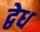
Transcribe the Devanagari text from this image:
द्वेध